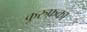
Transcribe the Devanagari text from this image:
कुरुफ़का